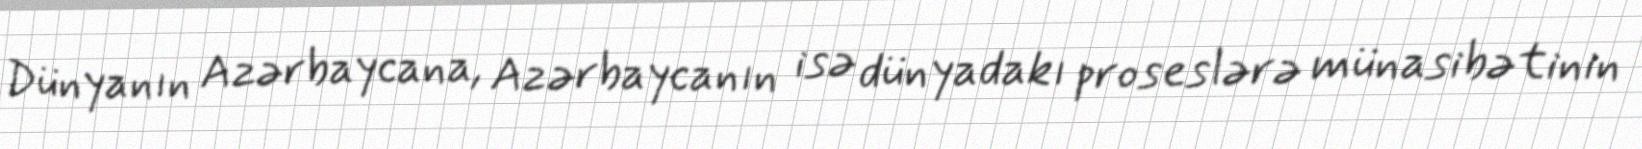
Dünyanın Azərbaycana, Azərbaycanın isə dünyadakı proseslərə münasibətinin